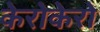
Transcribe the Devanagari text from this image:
केरोकेरो